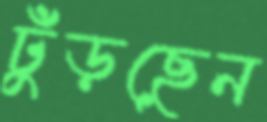
ঢুঁড়ছেন